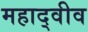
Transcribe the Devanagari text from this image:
महाद्वीव